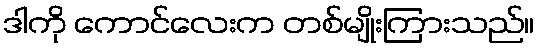
ဒါကို ကောင်လေးက တစ်မျိုးကြားသည်။